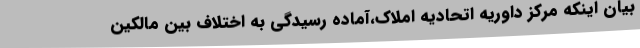
بیان اینکه مرکز داوریه اتحادیه املاک،آماده رسیدگی به اختلاف بین مالکین